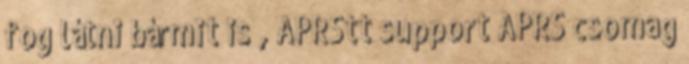
fog látni bármit is , APRStt support APRS csomag